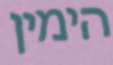
הימין